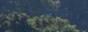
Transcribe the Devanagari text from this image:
फ्ऱॉन